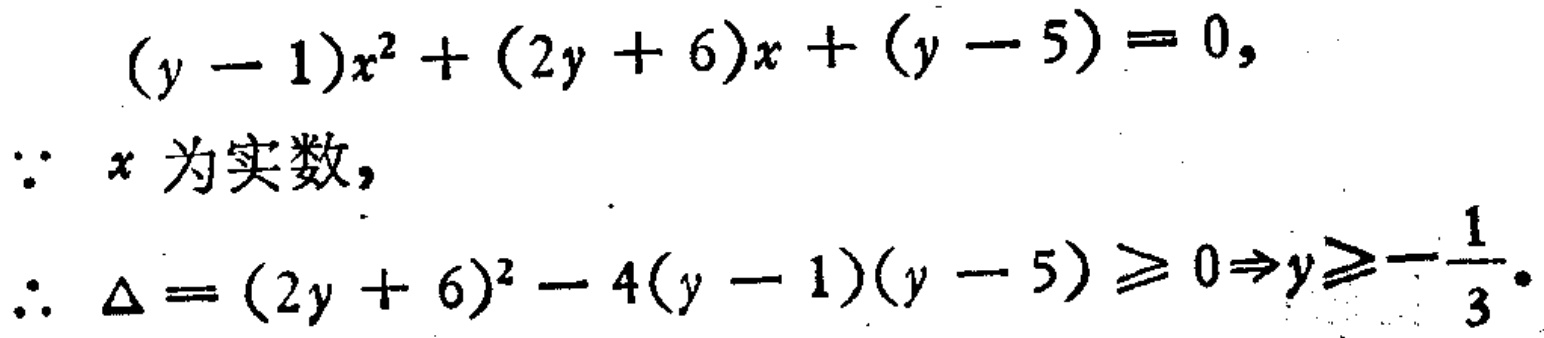
\[

\begin{align*}

&(y - 1)x^{2}+(2y + 6)x+(y - 5)=0,\\

&\because x\text{ 为实数},\\

&\therefore \Delta=(2y + 6)^{2}-4(y - 1)(y - 5)\geq0\Rightarrow y\geq-\frac{1}{3}.

\end{align*}

\]